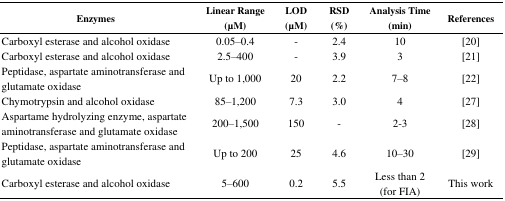
<table><thead><tr><td><b>Enzymes</b></td><td><b>Linear Range (μM)</b></td><td><b>LOD (μM)</b></td><td><b>RSD (%)</b></td><td><b>Analysis Time (min)</b></td><td><b>References</b></td></tr></thead><tbody><tr><td>Carboxyl esterase and alcohol oxidase</td><td>0.05–0.4</td><td>-</td><td>2.4</td><td>10</td><td>[20]</td></tr><tr><td>Carboxyl esterase and alcohol oxidase</td><td>2.5–400</td><td>-</td><td>3.9</td><td>3</td><td>[21]</td></tr><tr><td>Peptidase, aspartate aminotransferase and glutamate oxidase</td><td>Up to 1,000</td><td>20</td><td>2.2</td><td>7–8</td><td>[22]</td></tr><tr><td>Chymotrypsin and alcohol oxidase</td><td>85–1,200</td><td>7.3</td><td>3.0</td><td>4</td><td>[27]</td></tr><tr><td>Aspartame hydrolyzing enzyme, aspartate aminotransferase and glutamate oxidase</td><td>200–1,500</td><td>150</td><td>-</td><td>2-3</td><td>[28]</td></tr><tr><td>Peptidase, aspartate aminotransferase and glutamate oxidase</td><td>Up to 200</td><td>25</td><td>4.6</td><td>10–30</td><td>[29]</td></tr><tr><td>Carboxyl esterase and alcohol oxidase</td><td>5–600</td><td>0.2</td><td>5.5</td><td>Less than 2 (for FIA)</td><td>This work</td></tr></tbody></table>